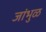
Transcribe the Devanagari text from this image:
जांभुळ